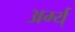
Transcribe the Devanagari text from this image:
अर्म्य्